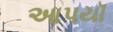
આપયૉ